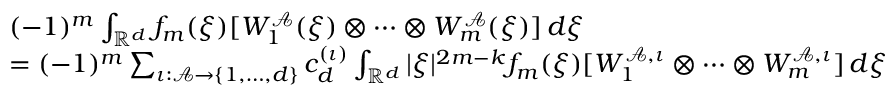
\begin{array} { r l } & { ( - 1 ) ^ { m } \int _ { \mathbb R ^ { d } } f _ { m } ( \xi ) [ W _ { 1 } ^ { \mathscr { A } } ( \xi ) \otimes \cdots \otimes W _ { m } ^ { \mathscr { A } } ( \xi ) ] \, d \xi } \\ & { = ( - 1 ) ^ { m } \sum _ { \iota : \mathscr { A } \to \{ 1 , \ldots , d \} } c _ { d } ^ { ( \iota ) } \int _ { \mathbb R ^ { d } } | \xi | ^ { 2 m - k } f _ { m } ( \xi ) [ W _ { 1 } ^ { \mathscr { A } , \iota } \otimes \cdots \otimes W _ { m } ^ { \mathscr { A } , \iota } ] \, d \xi } \end{array}